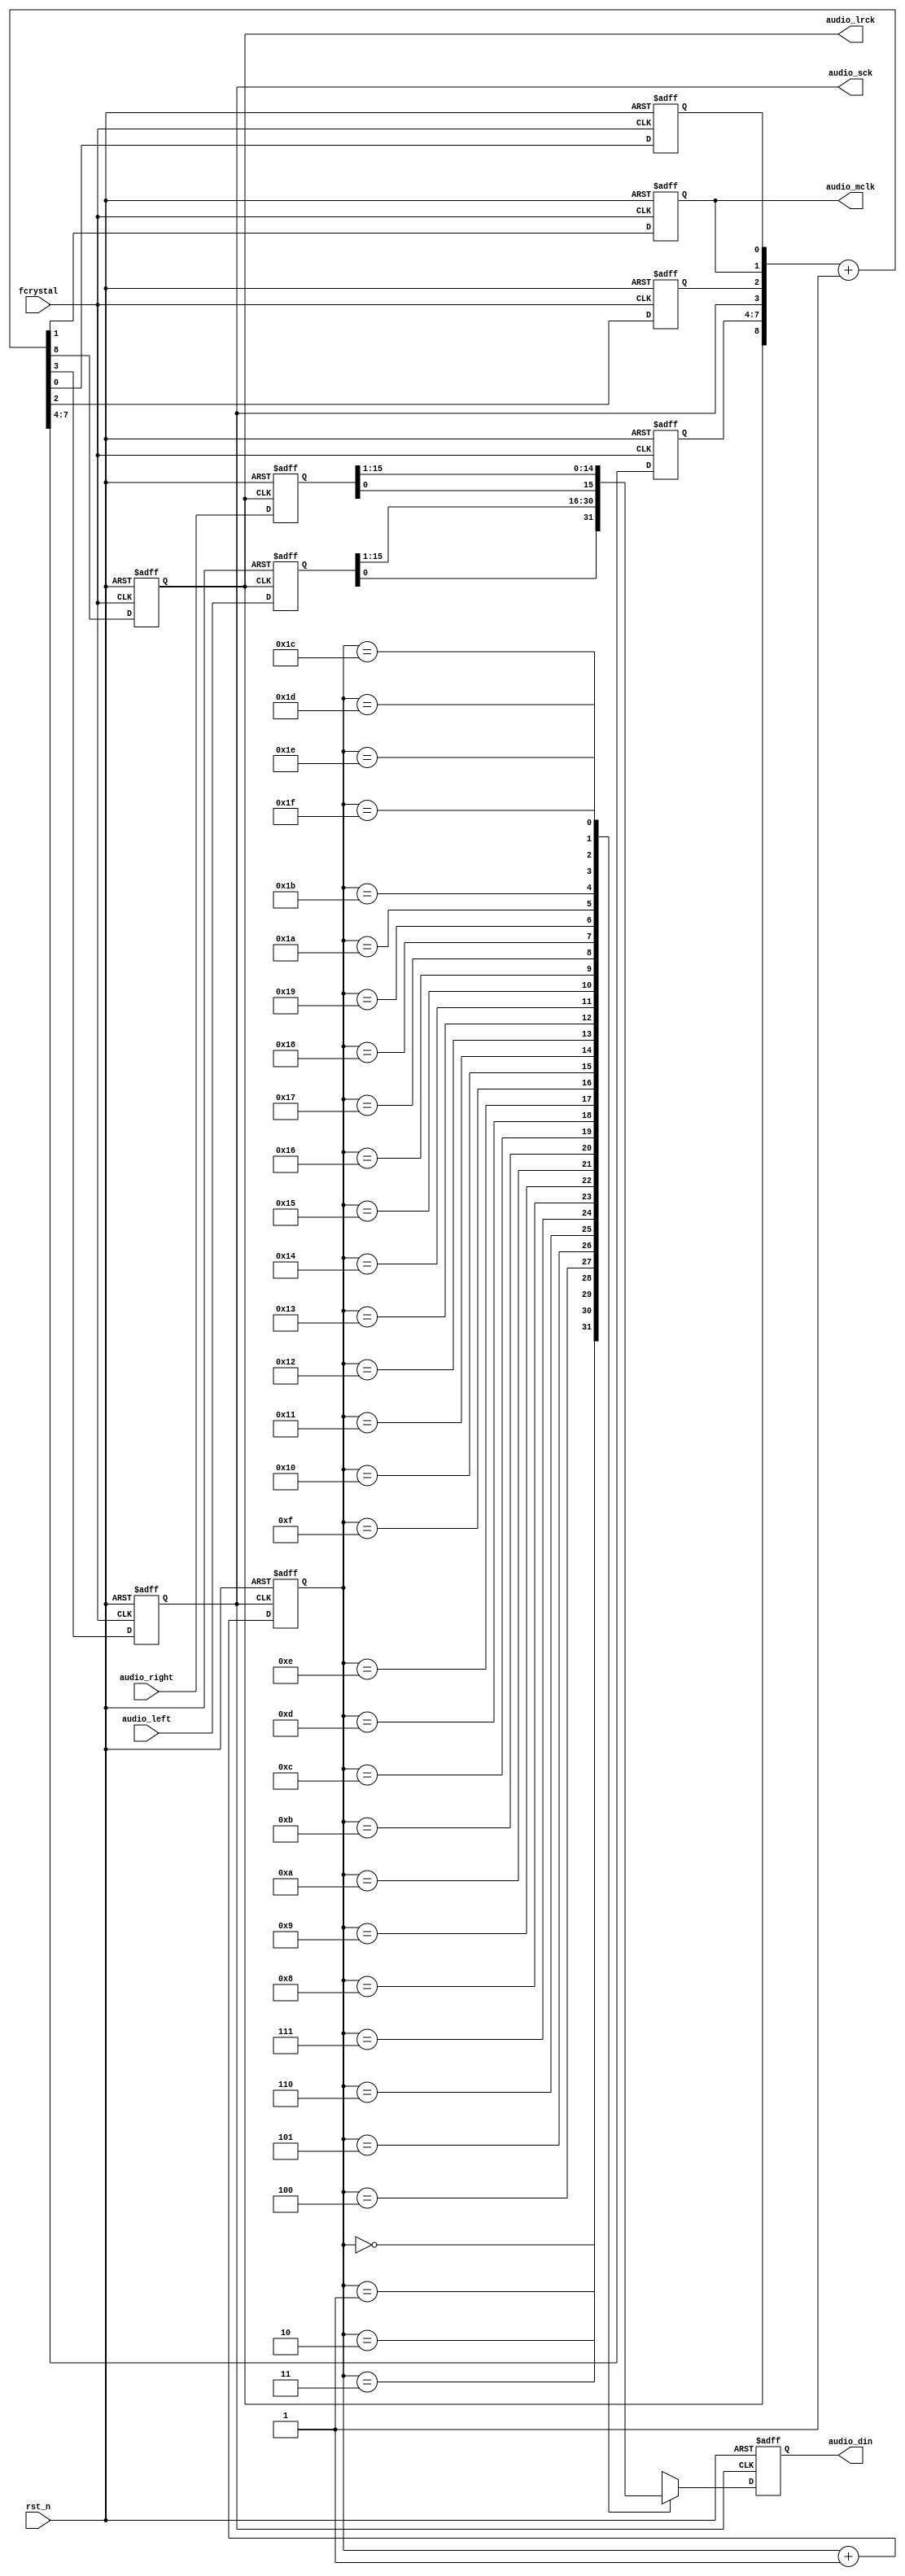
module speaker_control(
    input fcrystal,
    input rst_n,
    input [15:0] audio_left,
    input [15:0] audio_right,
    output reg audio_mclk,
    output reg audio_lrck,
    output reg audio_sck,
    output reg audio_din
);
reg clk_1, clk_2;
reg [3:0] clk_3;
reg [8:0] clk_tem;
reg [4:0] cnt_tem, cnt;
reg serial_tem;
reg [15:0] left_tem, right_tem;

always @*
    clk_tem = {audio_lrck, clk_3, audio_sck, clk_2, audio_mclk, clk_1} + 1'b1;
always @(posedge fcrystal or negedge rst_n)
    if (~rst_n)
        {audio_lrck, clk_3, audio_sck, clk_2, audio_mclk, clk_1} <= 9'd0;
    else 
        {audio_lrck, clk_3, audio_sck, clk_2, audio_mclk, clk_1} <= clk_tem;   


always @* begin
    cnt_tem = cnt + 1'b1;
    case (cnt)
        5'b00000:
            serial_tem = left_tem[0];
        5'b00001:
            serial_tem = left_tem[15];
        5'b00010:
            serial_tem = left_tem[14];
        5'b00011:
            serial_tem = left_tem[13];
        5'b00100:
            serial_tem = left_tem[12];
        5'b00101:
            serial_tem = left_tem[11];
        5'b00110:
            serial_tem = left_tem[10];
        5'b00111:
            serial_tem = left_tem[9];
        5'b01000:
            serial_tem = left_tem[8];
        5'b01001:
            serial_tem = left_tem[7];
        5'b01010:
            serial_tem = left_tem[6];
        5'b01011:
            serial_tem = left_tem[5];
        5'b01100:
            serial_tem = left_tem[4];
        5'b01101:
            serial_tem = left_tem[3];
        5'b01110:
            serial_tem = left_tem[2];
        5'b01111:
            serial_tem = left_tem[1];
        5'b10000:
            serial_tem = right_tem[0];
        5'b10001:
            serial_tem = right_tem[15];
        5'b10010:
            serial_tem = right_tem[14];
        5'b10011:
            serial_tem = right_tem[13];
        5'b10100:
            serial_tem = right_tem[12];
        5'b10101:
            serial_tem = right_tem[11];
        5'b10110:
            serial_tem = right_tem[10];
        5'b10111:
            serial_tem = right_tem[9];
        5'b11000:
            serial_tem = right_tem[8];
        5'b11001:
            serial_tem = right_tem[7];
        5'b11010:
            serial_tem = right_tem[6];
        5'b11011:
            serial_tem = right_tem[5];
        5'b11100:
            serial_tem = right_tem[4];
        5'b11101:
            serial_tem = right_tem[3];
        5'b11110:
            serial_tem = right_tem[2];
        5'b11111:
            serial_tem = right_tem[1];
        default:
            serial_tem = 1'b0;
    endcase
end


always @(posedge audio_lrck or negedge rst_n) begin
    if (~rst_n) begin
        left_tem <= 16'd0;
        right_tem <= 16'd0;
    end
    else begin
        left_tem <= audio_left;
        right_tem <= audio_right;
    end
end

always @(negedge audio_sck or negedge rst_n) begin
    if (~rst_n) begin
        cnt <= 5'd0;
        audio_din <= 1'd0;
    end
    else begin
        cnt <= cnt_tem;
        audio_din <= serial_tem;
    end
end   
    
endmodule